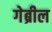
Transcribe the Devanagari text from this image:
गेब्रील